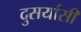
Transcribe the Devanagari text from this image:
दुसर्यासी